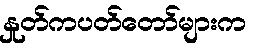
နှုတ်ကပတ်တော်များက